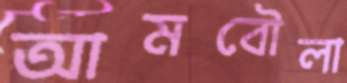
আমবৌলা